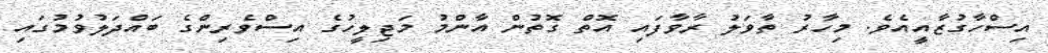
އިސްހާގުޒާއީއެވެ. މިހާރު ތާވަލު ރާވާފައި އޮތް ގޮތުން އާންމު މަޖިލީހުގެ އިސްވެރިންގެ ބައްދަލުވުމުގައި